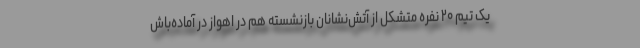
یک تیم ۲۰ نفره متشکل از آتش‌نشانان بازنشسته هم در اهواز در آماده‌باش